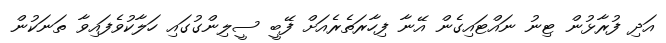
އަދި ފުރާޅުން ޓިނު ނައްޓައިގެން އޭނާ ފިހާރަތެރެއަށް ފޭބީ ސީލިންގުގައި ހަލާކުވެފައިވާ ތަނަކުން